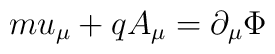
mu_\mu +qA_\mu =\partial _\mu \Phi